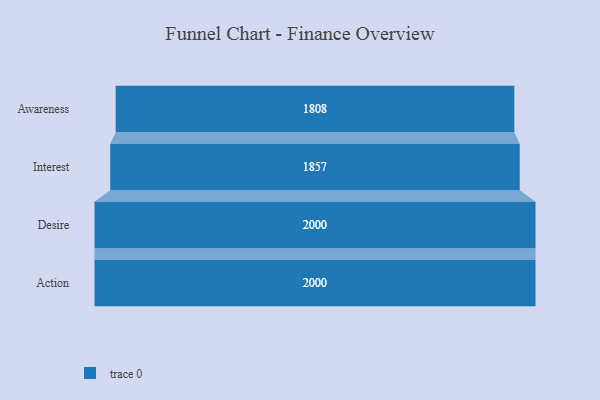
{"axis": {"x": "Stage", "y": "Value"}, "legend": [""], "data": [{"x": "Awareness", "y": 1808.0, "type": ""}, {"x": "Interest", "y": 1857.0, "type": ""}, {"x": "Desire", "y": 2000, "type": ""}, {"x": "Action", "y": 2000, "type": ""}]}